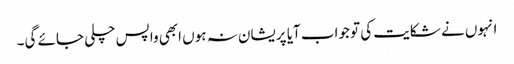
انہوں نے شکایت کی تو جواب آیا پریشان نہ ہوں ابھی واپس چلی جائے گی۔